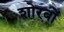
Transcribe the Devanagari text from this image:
शोरबों